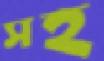
সহ